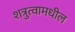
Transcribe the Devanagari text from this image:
शत्रुत्वामधील